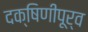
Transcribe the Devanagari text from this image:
दक्षिणीपूर्व